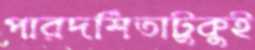
পারদর্শিতাটুকুই